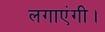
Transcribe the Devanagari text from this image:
लगाएंगी।